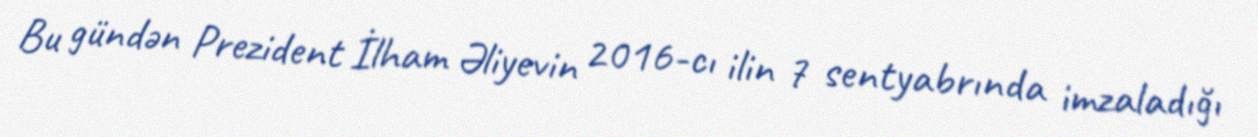
Bu gündən Prezident İlham Əliyevin 2016-cı ilin 7 sentyabrında imzaladığı